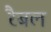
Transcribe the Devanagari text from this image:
रैबल